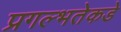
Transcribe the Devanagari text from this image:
प्रगल्‍भतेकडे